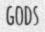
GODS